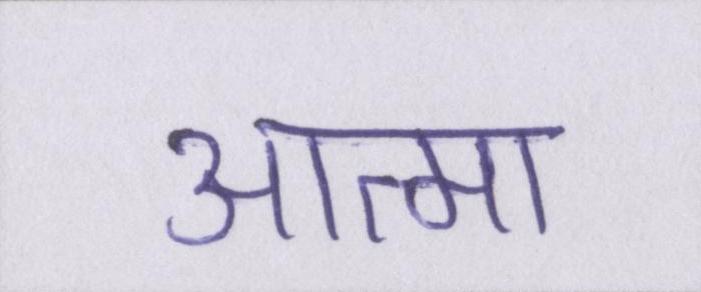
आत्मा